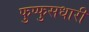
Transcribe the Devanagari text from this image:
फुप्फुसधारी